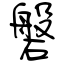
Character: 磐